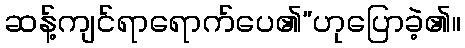
ဆန့်ကျင်ရာရောက်ပေ၏”ဟုပြောခဲ့၏။